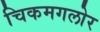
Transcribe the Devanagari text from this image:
चिकमगलोर